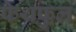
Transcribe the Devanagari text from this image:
फेथफुल